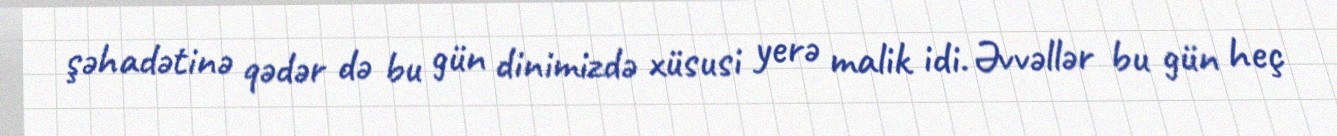
şəhadətinə qədər də bu gün dinimizdə xüsusi yerə malik idi. Əvvəllər bu gün heç